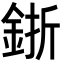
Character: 𨦬